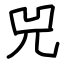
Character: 兕